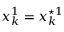
x _ { k } ^ { 1 } = x _ { k } ^ { \star 1 }